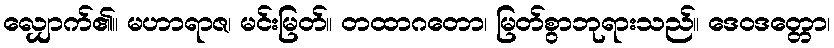
လျှောက်၏။ မဟာရာဇ၊ မင်းမြတ်။ တထာဂတော၊ မြတ်စွာဘုရားသည်။ ဒေဝဒတ္တော၊